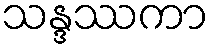
သန္ဒဿကာ